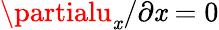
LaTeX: \partialu_{\mathit{x}}/\partial\mathit{x}=0